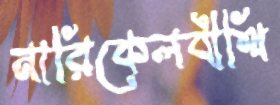
নারিকেলবীথি